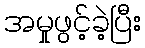
အမှုဖွင့်ခဲ့ပြီး